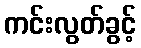
ကင်းလွတ်ခွင့်